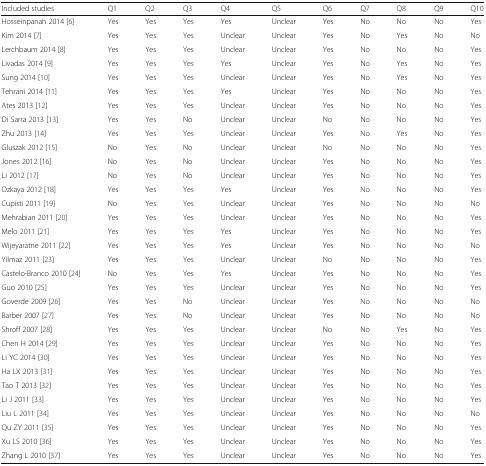
<table><thead><tr><td><b>Included studies</b></td><td><b>Q1</b></td><td><b>Q2</b></td><td><b>Q3</b></td><td><b>Q4</b></td><td><b>Q5</b></td><td><b>Q6</b></td><td><b>Q7</b></td><td><b>Q8</b></td><td><b>Q9</b></td><td><b>Q10</b></td></tr></thead><tbody><tr><td>Hosseinpanah 2014 [6]</td><td>Yes</td><td>Yes</td><td>Yes</td><td>Yes</td><td>Unclear</td><td>Yes</td><td>No</td><td>No</td><td>No</td><td>Yes</td></tr><tr><td>Kim 2014 [7]</td><td>Yes</td><td>Yes</td><td>Yes</td><td>Unclear</td><td>Unclear</td><td>Yes</td><td>No</td><td>Yes</td><td>No</td><td>No</td></tr><tr><td>Lerchbaum 2014 [8]</td><td>Yes</td><td>Yes</td><td>Yes</td><td>Unclear</td><td>Unclear</td><td>Yes</td><td>No</td><td>No</td><td>No</td><td>Yes</td></tr><tr><td>Livadas 2014 [9]</td><td>Yes</td><td>Yes</td><td>Yes</td><td>Yes</td><td>Unclear</td><td>Yes</td><td>No</td><td>Yes</td><td>No</td><td>Yes</td></tr><tr><td>Sung 2014 [10]</td><td>Yes</td><td>Yes</td><td>Yes</td><td>Unclear</td><td>Unclear</td><td>Yes</td><td>No</td><td>Yes</td><td>No</td><td>Yes</td></tr><tr><td>Tehrani 2014 [11]</td><td>Yes</td><td>Yes</td><td>Yes</td><td>Yes</td><td>Unclear</td><td>Yes</td><td>No</td><td>No</td><td>No</td><td>Yes</td></tr><tr><td>Ates 2013 [12]</td><td>Yes</td><td>Yes</td><td>Yes</td><td>Unclear</td><td>Unclear</td><td>Yes</td><td>No</td><td>No</td><td>No</td><td>Yes</td></tr><tr><td>Di Sarra 2013 [13]</td><td>Yes</td><td>Yes</td><td>No</td><td>Unclear</td><td>Unclear</td><td>No</td><td>No</td><td>No</td><td>No</td><td>Yes</td></tr><tr><td>Zhu 2013 [14]</td><td>Yes</td><td>Yes</td><td>Yes</td><td>Unclear</td><td>Unclear</td><td>Yes</td><td>No</td><td>Yes</td><td>No</td><td>Yes</td></tr><tr><td>Gluszak 2012 [15]</td><td>No</td><td>Yes</td><td>No</td><td>Unclear</td><td>Unclear</td><td>No</td><td>No</td><td>No</td><td>No</td><td>Yes</td></tr><tr><td>Jones 2012 [16]</td><td>No</td><td>Yes</td><td>No</td><td>Unclear</td><td>Unclear</td><td>Yes</td><td>No</td><td>No</td><td>No</td><td>Yes</td></tr><tr><td>Li 2012 [17]</td><td>No</td><td>Yes</td><td>No</td><td>Unclear</td><td>Unclear</td><td>Yes</td><td>No</td><td>No</td><td>No</td><td>Yes</td></tr><tr><td>Ozkaya 2012 [18]</td><td>Yes</td><td>Yes</td><td>Yes</td><td>Yes</td><td>Unclear</td><td>Yes</td><td>No</td><td>No</td><td>No</td><td>Yes</td></tr><tr><td>Cupisti 2011 [19]</td><td>No</td><td>Yes</td><td>Yes</td><td>Unclear</td><td>Unclear</td><td>Yes</td><td>No</td><td>No</td><td>No</td><td>No</td></tr><tr><td>Mehrabian 2011 [20]</td><td>Yes</td><td>Yes</td><td>Yes</td><td>Unclear</td><td>Unclear</td><td>Yes</td><td>No</td><td>No</td><td>No</td><td>Yes</td></tr><tr><td>Melo 2011 [21]</td><td>Yes</td><td>Yes</td><td>Yes</td><td>Yes</td><td>Unclear</td><td>Yes</td><td>No</td><td>No</td><td>No</td><td>Yes</td></tr><tr><td>Wijeyaratne 2011 [22]</td><td>Yes</td><td>Yes</td><td>Yes</td><td>Yes</td><td>Unclear</td><td>Yes</td><td>No</td><td>No</td><td>No</td><td>No</td></tr><tr><td>Yilmaz 2011 [23]</td><td>Yes</td><td>Yes</td><td>Yes</td><td>Unclear</td><td>Unclear</td><td>No</td><td>No</td><td>No</td><td>No</td><td>Yes</td></tr><tr><td>Castelo-Branco 2010 [24]</td><td>No</td><td>Yes</td><td>Yes</td><td>Yes</td><td>Unclear</td><td>Yes</td><td>No</td><td>No</td><td>No</td><td>Yes</td></tr><tr><td>Guo 2010 [25]</td><td>Yes</td><td>Yes</td><td>Yes</td><td>Unclear</td><td>Unclear</td><td>Yes</td><td>No</td><td>No</td><td>No</td><td>Yes</td></tr><tr><td>Goverde 2009 [26]</td><td>Yes</td><td>Yes</td><td>No</td><td>Unclear</td><td>Unclear</td><td>Yes</td><td>No</td><td>No</td><td>No</td><td>No</td></tr><tr><td>Barber 2007 [27]</td><td>Yes</td><td>Yes</td><td>No</td><td>Unclear</td><td>Unclear</td><td>Yes</td><td>No</td><td>No</td><td>No</td><td>No</td></tr><tr><td>Shroff 2007 [28]</td><td>Yes</td><td>Yes</td><td>Yes</td><td>Unclear</td><td>Unclear</td><td>No</td><td>No</td><td>Yes</td><td>No</td><td>Yes</td></tr><tr><td>Chen H 2014 [29]</td><td>Yes</td><td>Yes</td><td>Yes</td><td>Unclear</td><td>Unclear</td><td>Yes</td><td>No</td><td>No</td><td>No</td><td>Yes</td></tr><tr><td>Li YC 2014 [30]</td><td>Yes</td><td>Yes</td><td>Yes</td><td>Unclear</td><td>Unclear</td><td>Yes</td><td>No</td><td>No</td><td>No</td><td>Yes</td></tr><tr><td>Ha LX 2013 [31]</td><td>Yes</td><td>Yes</td><td>Yes</td><td>Unclear</td><td>Unclear</td><td>Yes</td><td>No</td><td>No</td><td>No</td><td>Yes</td></tr><tr><td>Tao T 2013 [32]</td><td>Yes</td><td>Yes</td><td>Yes</td><td>Unclear</td><td>Unclear</td><td>Yes</td><td>No</td><td>No</td><td>No</td><td>Yes</td></tr><tr><td>Li J 2011 [33]</td><td>Yes</td><td>Yes</td><td>Yes</td><td>Unclear</td><td>Unclear</td><td>Yes</td><td>No</td><td>No</td><td>No</td><td>Yes</td></tr><tr><td>Liu L 2011 [34]</td><td>Yes</td><td>Yes</td><td>Yes</td><td>Unclear</td><td>Unclear</td><td>Yes</td><td>No</td><td>No</td><td>No</td><td>No</td></tr><tr><td>Qu ZY 2011 [35]</td><td>Yes</td><td>Yes</td><td>Yes</td><td>Unclear</td><td>Unclear</td><td>Yes</td><td>No</td><td>No</td><td>No</td><td>Yes</td></tr><tr><td>Xu LS 2010 [36]</td><td>Yes</td><td>Yes</td><td>Yes</td><td>Unclear</td><td>Unclear</td><td>Yes</td><td>No</td><td>No</td><td>No</td><td>Yes</td></tr><tr><td>Zhang L 2010 [37]</td><td>Yes</td><td>Yes</td><td>Yes</td><td>Unclear</td><td>Unclear</td><td>Yes</td><td>No</td><td>No</td><td>No</td><td>Yes</td></tr></tbody></table>